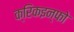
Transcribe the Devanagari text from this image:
क्रिकइन्फो